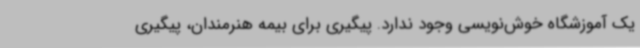
یک آموزشگاه خوش‌نویسی وجود ندارد. پیگیری برای بیمه هنرمندان، پیگیری